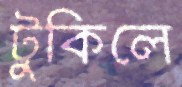
টুকিলে